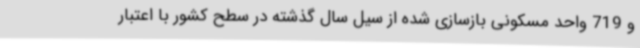
و 719 واحد مسکونی بازسازی شده از سیل سال گذشته در سطح کشور با اعتبار